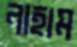
নাহাম